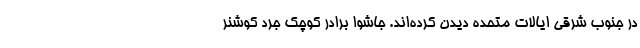
در جنوب شرقی ایالات متحده دیدن کرده‌اند. جاشوا برادر کوچک جرد کوشنر